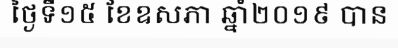
ថ្ងៃទី១៥ ខែឧសភា ឆ្នាំ២០១៩ បាន